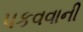
પકવવાની